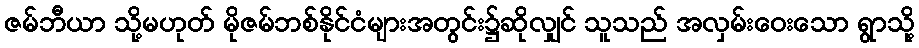
ဇမ်ဘီယာ သို့မဟုတ် မိုဇမ်ဘစ်နိုင်ငံများအတွင်း၌ဆိုလျှင် သူသည် အလှမ်းဝေးသော ရွာသို့